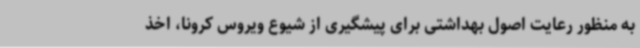
به منظور رعایت اصول بهداشتی برای پیشگیری از شیوع ویروس کرونا، اخذ